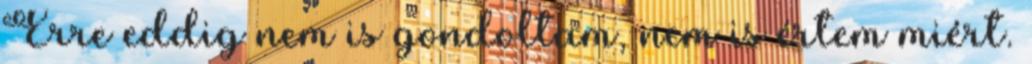
Erre eddig nem is gondoltam, nem is értem miért.